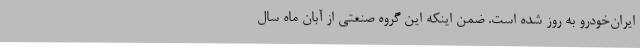
ایران‌خودرو به روز شده است. ضمن اینکه این گروه صنعتی از آبان ماه سال